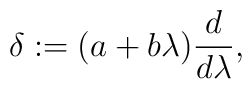
\delta:=(a+b\lambda)\frac{d}{d\lambda},